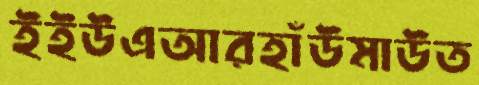
ইইউএআরহাঁউমাউত